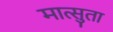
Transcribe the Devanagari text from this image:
मात्सुता